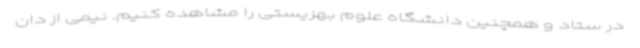
در ستاد و همچنین دانشگاه علوم بهزیستی را مشاهده کنیم. نیمی از دان